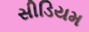
સીડિયમ